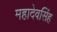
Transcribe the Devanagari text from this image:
महादेवसिंह